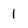
Character: 1